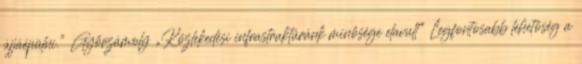
újjáépülni.” ▪Győrzámoly ▪„Közlekedési infrastruktúránk minősége elavult” Legfontosabb lehetőség a